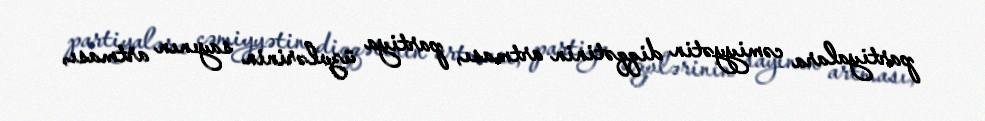
partiyalara cəmiyyətin diqqətinin artması, partiya üzvlərinin sayının artması,